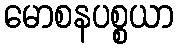
မောစနပစ္စယာ